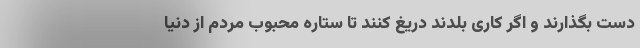
دست بگذارند و اگر کاری بلدند دریغ کنند تا ستاره محبوب مردم از دنیا